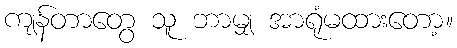
ကျန်တာတွေ သူ ဘာမျှ အာရုံမထားတော့။